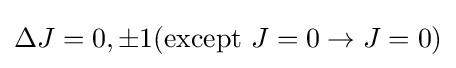
\Delta J=0,\pm 1({\text{except }}J=0\rightarrow J=0)